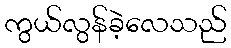
ကွယ်လွန်ခဲ့လေသည်